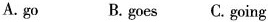
A.go B.goes C.going